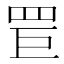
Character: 𦊐